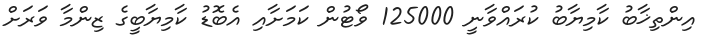
އިންތިޚާބު ކާމިޔާބު ކުރައްވާނީ 125000 ވޯޓުން ކަމަށާއި އެބޮޑު ކާމިޔާބީގެ ޒިންމާ ވަރަށް